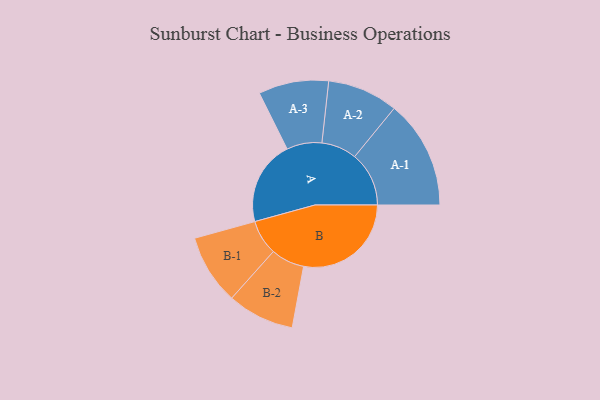
{"axis": {"x": "Segment", "y": "Value"}, "legend": ["", "A", "B"], "data": [{"x": "A", "y": 366, "type": ""}, {"x": "B", "y": 466, "type": ""}, {"x": "A-1", "y": 235, "type": "A"}, {"x": "A-2", "y": 153, "type": "A"}, {"x": "A-3", "y": 152, "type": "A"}, {"x": "B-1", "y": 152, "type": "B"}, {"x": "B-2", "y": 145, "type": "B"}]}